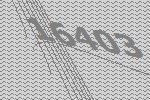
16403